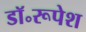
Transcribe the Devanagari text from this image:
डॉ॰रूपेश